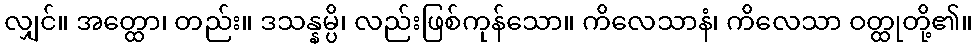
လျှင်။ အတ္ထော၊ တည်း။ ဒသန္နမ္ပိ၊ လည်းဖြစ်ကုန်သော။ ကိလေသာနံ၊ ကိလေသာ ဝတ္ထုတို့၏။